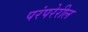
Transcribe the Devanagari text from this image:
परंपरेरील